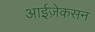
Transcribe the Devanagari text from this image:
आईज़ेकसन